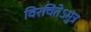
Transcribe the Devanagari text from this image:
विरचितेऽमुत्र